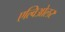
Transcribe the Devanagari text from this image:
एल्विओलर